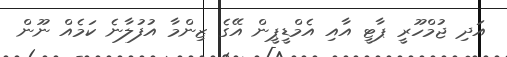
އަދި ޖުމްހޫރީ ޕާޓީ އާއި އެމްޑީޕީން އޭގެ ޒިންމާ އުފުލާނެ ކަމެއް ނޫން